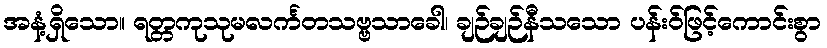
အနံ့ရှိသော။ ရတ္တကုသုမလင်္ကတသဗ္ဗသာခေါ၊ ချဉ်ချဉ်နီသသော ပန်းဝ်ဖြင့်ကောင်းစွာ